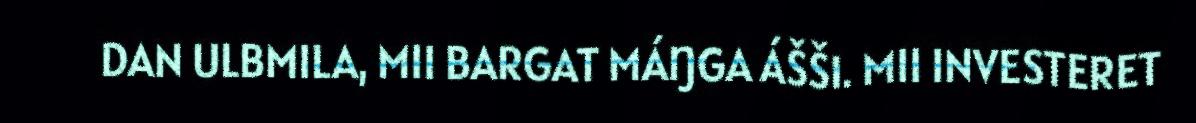
DAN ULBMILA, MII BARGAT MÁŊGA ÁŠŠI. MII INVESTERET